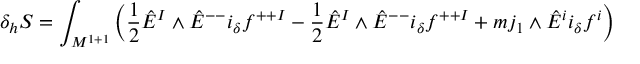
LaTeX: \delta _ { h } S = \int _ { { \cal M } ^ { 1 + 1 } } \left( { \frac { 1 } { 2 } } \hat { E } ^ { I } \wedge \hat { E } ^ { -- } i _ { \delta } f ^ { + + I } - { \frac { 1 } { 2 } } \hat { E } ^ { I } \wedge \hat { E } ^ { -- } i _ { \delta } f ^ { + + I } + m j _ { 1 } \wedge \hat { E } ^ { i } i _ { \delta } f ^ { i } \right)